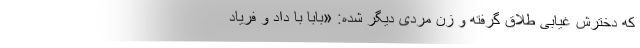
که دخترش غیابی طلاق گرفته و زن مردی دیگر شده: «بابا با داد و فریاد